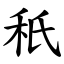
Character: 秖